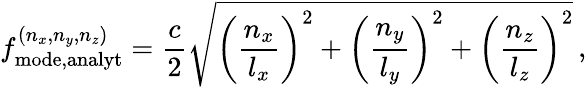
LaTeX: f_{\mathrm{mode,analyt}}^{(n_{x},n_{y},n_{z})}=\frac{c}{2}\sqrt{\left(\frac{n_{x}}{l_{x}}\right)^{2}+\left(\frac{n_{y}}{l_{y}}\right)^{2}+\left(\frac{n_{z}}{l_{z}}\right)^{2}}\, ,